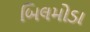
બિલમોડા